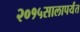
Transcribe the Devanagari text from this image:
२०१५सालापर्यंत